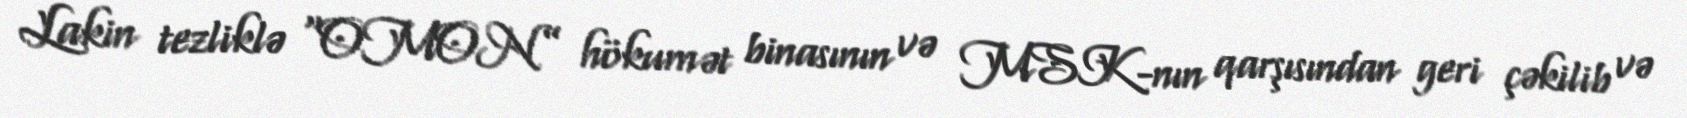
Lakin tezliklə “OMON” hökumət binasının və MSK-nın qarşısından geri çəkilib və